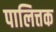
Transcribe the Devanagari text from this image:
पालित्तक